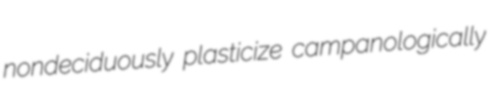
nondeciduously plasticize campanologically